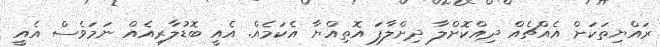
ރައްޔިތަކަށް އެއްޗެއް ދިއްކޮށްލާ ދިށްލާފަ އޮތިއްޔާ އެކަމެއް. އެއީ ބޮޑުލާރިއެއް ނަމަވެސް އެއީ